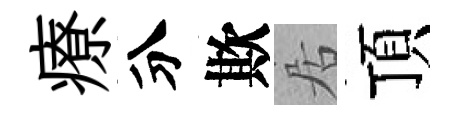
療分欺居頂